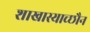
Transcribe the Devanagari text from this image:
शाखास्याच्छौन